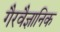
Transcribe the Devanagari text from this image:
गैरवैज्ञानिक